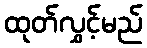
ထုတ်လွှင့်မည်